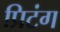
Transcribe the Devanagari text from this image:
प्रिटंग